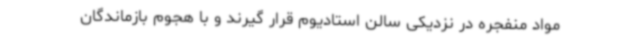
مواد منفجره در نزدیکی سالن استادیوم قرار گیرند و با هجوم بازماندگان